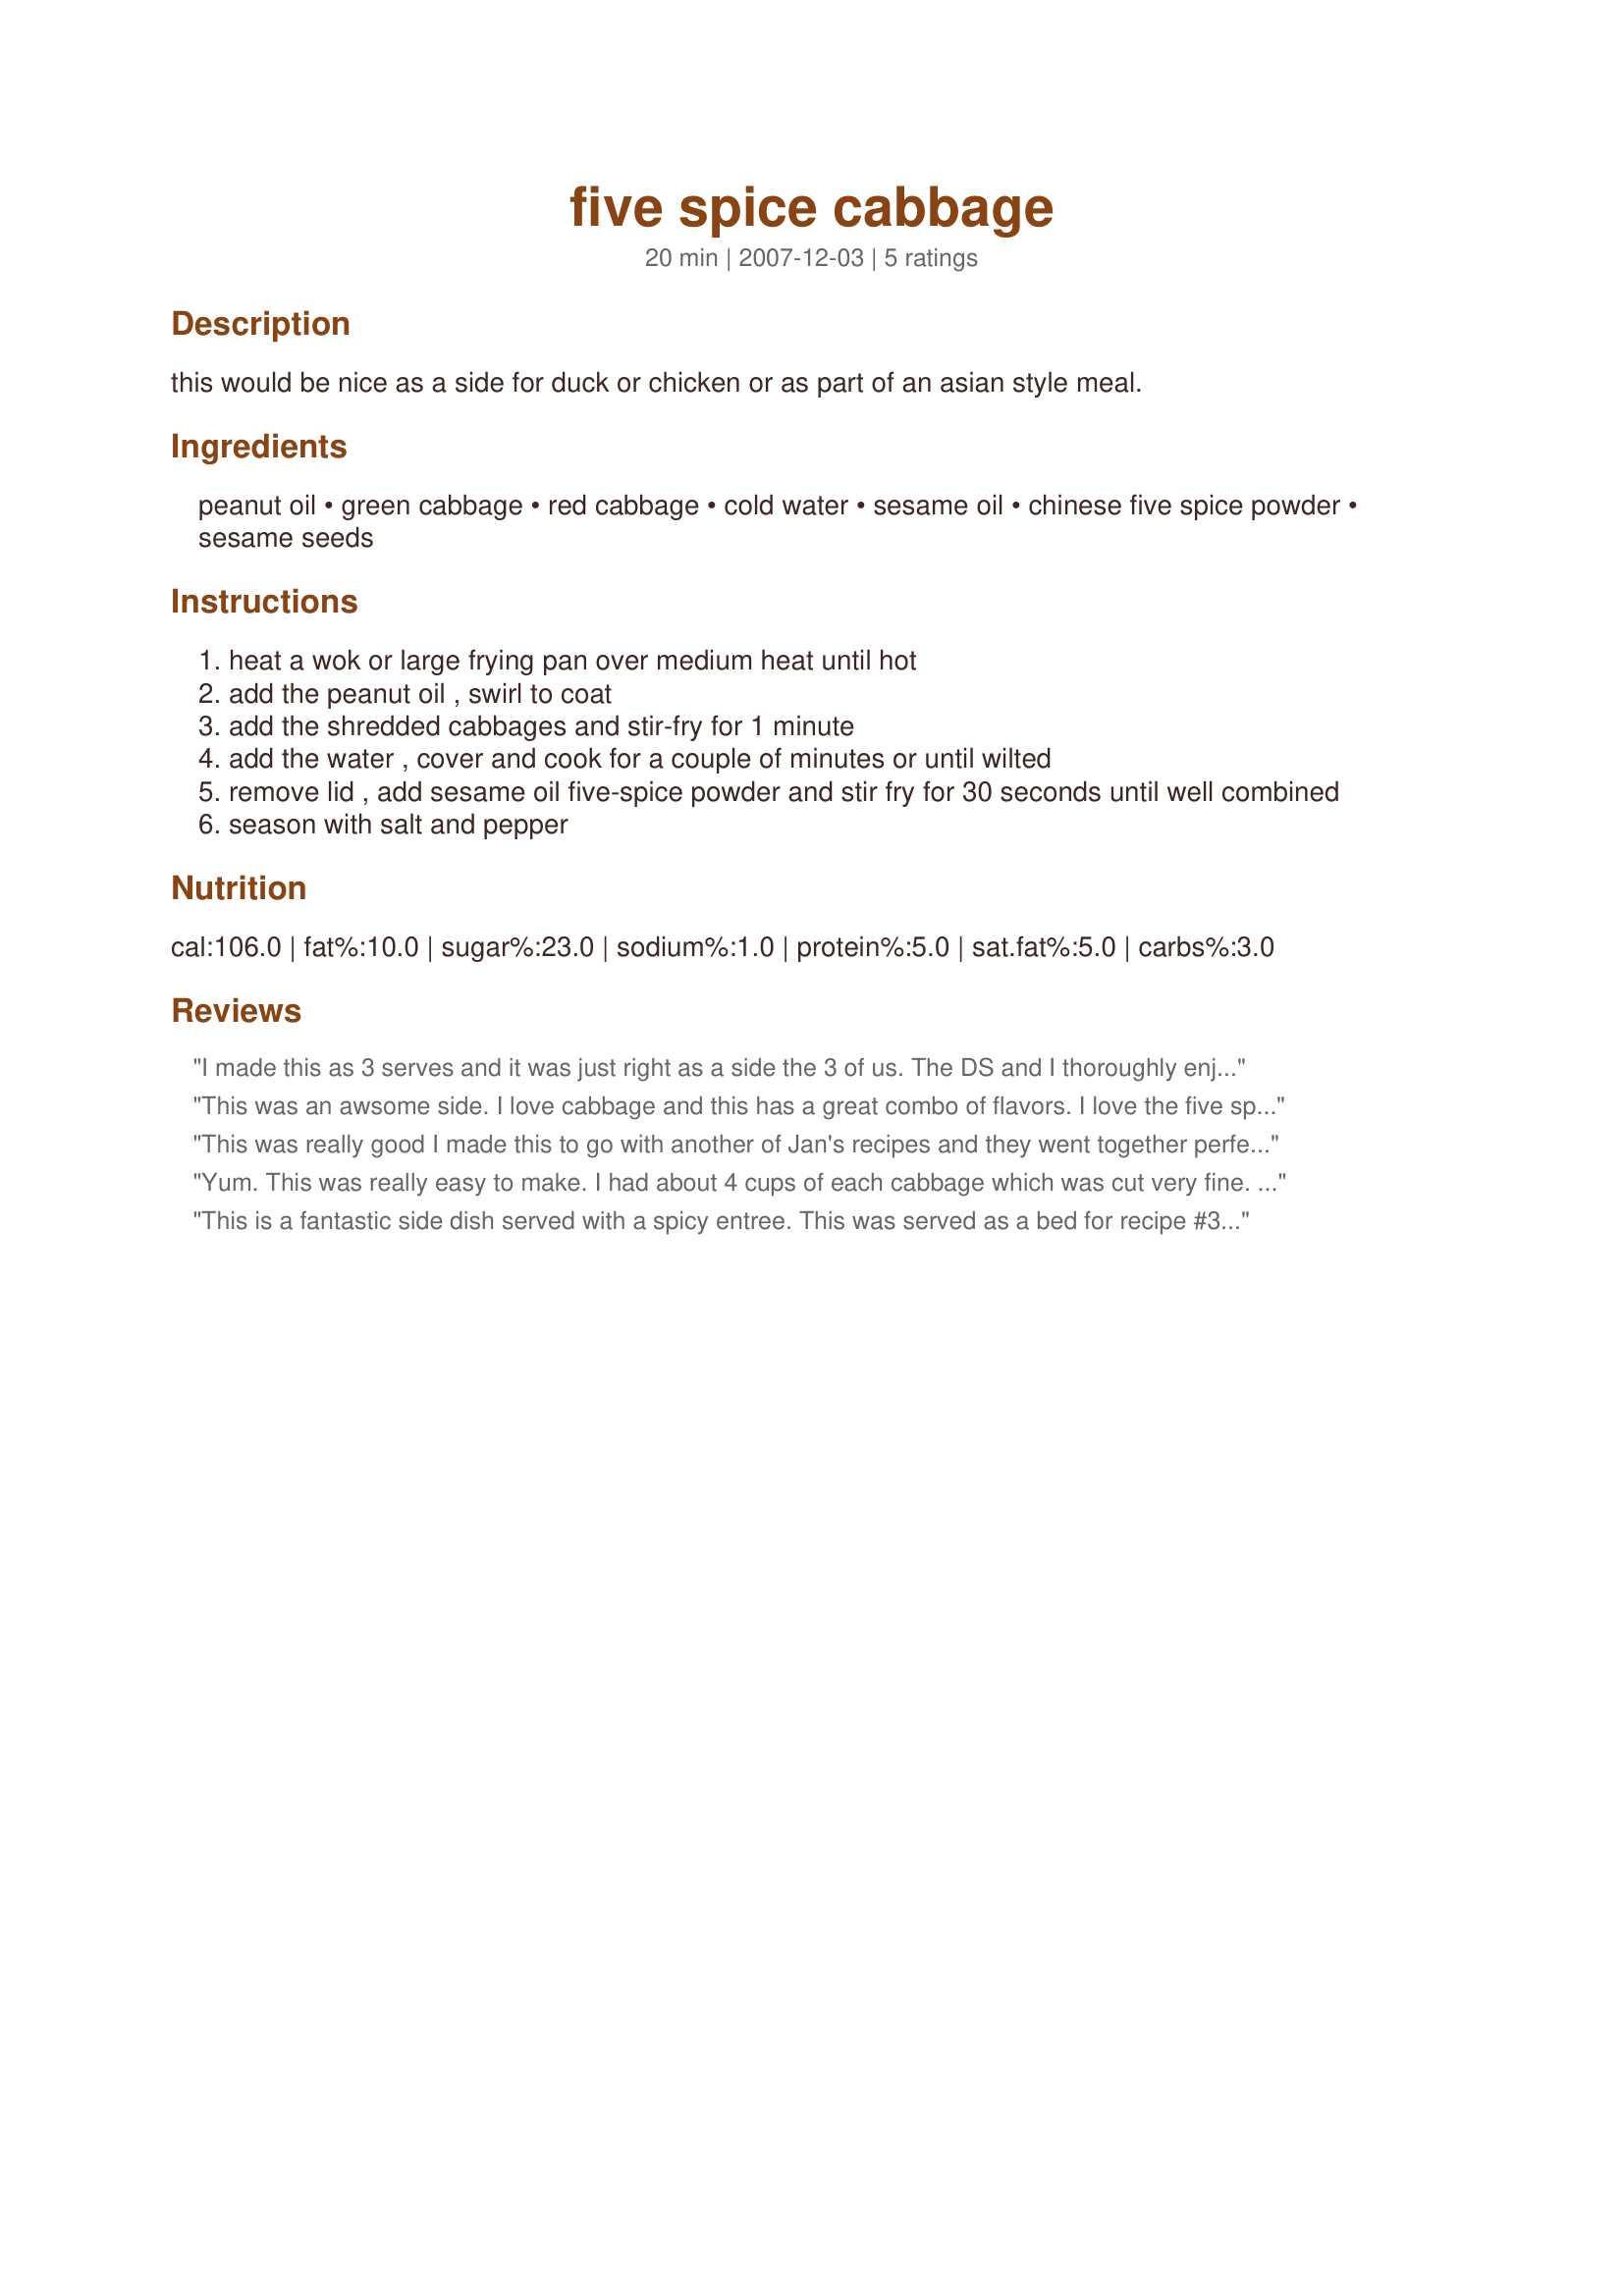
five spice cabbage
Preparation time: 20 minutes

this would be nice as a side for duck or chicken or as part of an asian style meal.

Ingredients:
peanut oil, green cabbage, red cabbage, cold water, sesame oil, chinese five spice powder, sesame seeds

Steps:
heat a wok or large frying pan over medium heat until hot
add the peanut oil , swirl to coat
add the shredded cabbages and stir-fry for 1 minute
add the water , cover and cook for a couple of minutes or until wilted
remove lid , add sesame oil five-spice powder and stir fry for 30 seconds until well combined
season with salt and pepper

Reviews:
I made this as 3 serves and it was just right as a side the 3 of us. The DS and I thoroughly enjoyed this and the DM thought it could do with salt (which is DM speak for about a teaspoon or more - not on) and it is so quick and easy to do which is a big bonus and went well with our kabobs. Thank you Jan, made for Edition 6 - Make My Recipe - a game of tag.
This was an awsome side. I love cabbage and this has a great combo of flavors. I love the five spice and the sesame oil. I used olive oil instead of peanut oil and toped with chinese fried noodles. YUMMY!
This was really good I made this to go with another of Jan's recipes and they went together perfectly. I love cabbage and this is a great way to prepare it. I loved the sesame oil taste that came through and it was a perfect balance with the five spice. A great side dish!!
Yum. This was really easy to make. I had about 4 cups of each cabbage which was cut very fine. The sesame oil and 5 spice adds a great Asian flare. Made for *Recipe Swap No20 August 2008* game, from the Aussie Form
This is a fantastic side dish served with a spicy entree. This was served as a bed for recipe #302248 . A wonderful match. I am assuming that the sesame seeds are sprinkled over the finished product.
